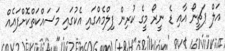
އަލް ޕަޗީނޯ އާއި ޑެ ނީރޯ މީގެ ކުރިން ފިލްމެއްގައި އެކުގައި މަސައްކަތްކޮށްފައެއް